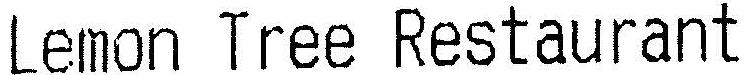
LEMON TREE RESTAURANT